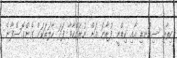
ހިތާއި ސިކުނޑި އާއި ކިޑްނީ ފުރާނަ އަށް ނުރައްކާވާ ފަދަ ހާލަތަކަށް ގެންގޮސްފާނެ